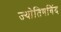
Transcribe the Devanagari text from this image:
ज्योतिषविंद